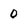
Character: 0